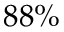
8 8 \%